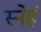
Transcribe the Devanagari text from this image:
स्नेहं